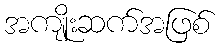
အကျိုးဆက်အဖြစ်